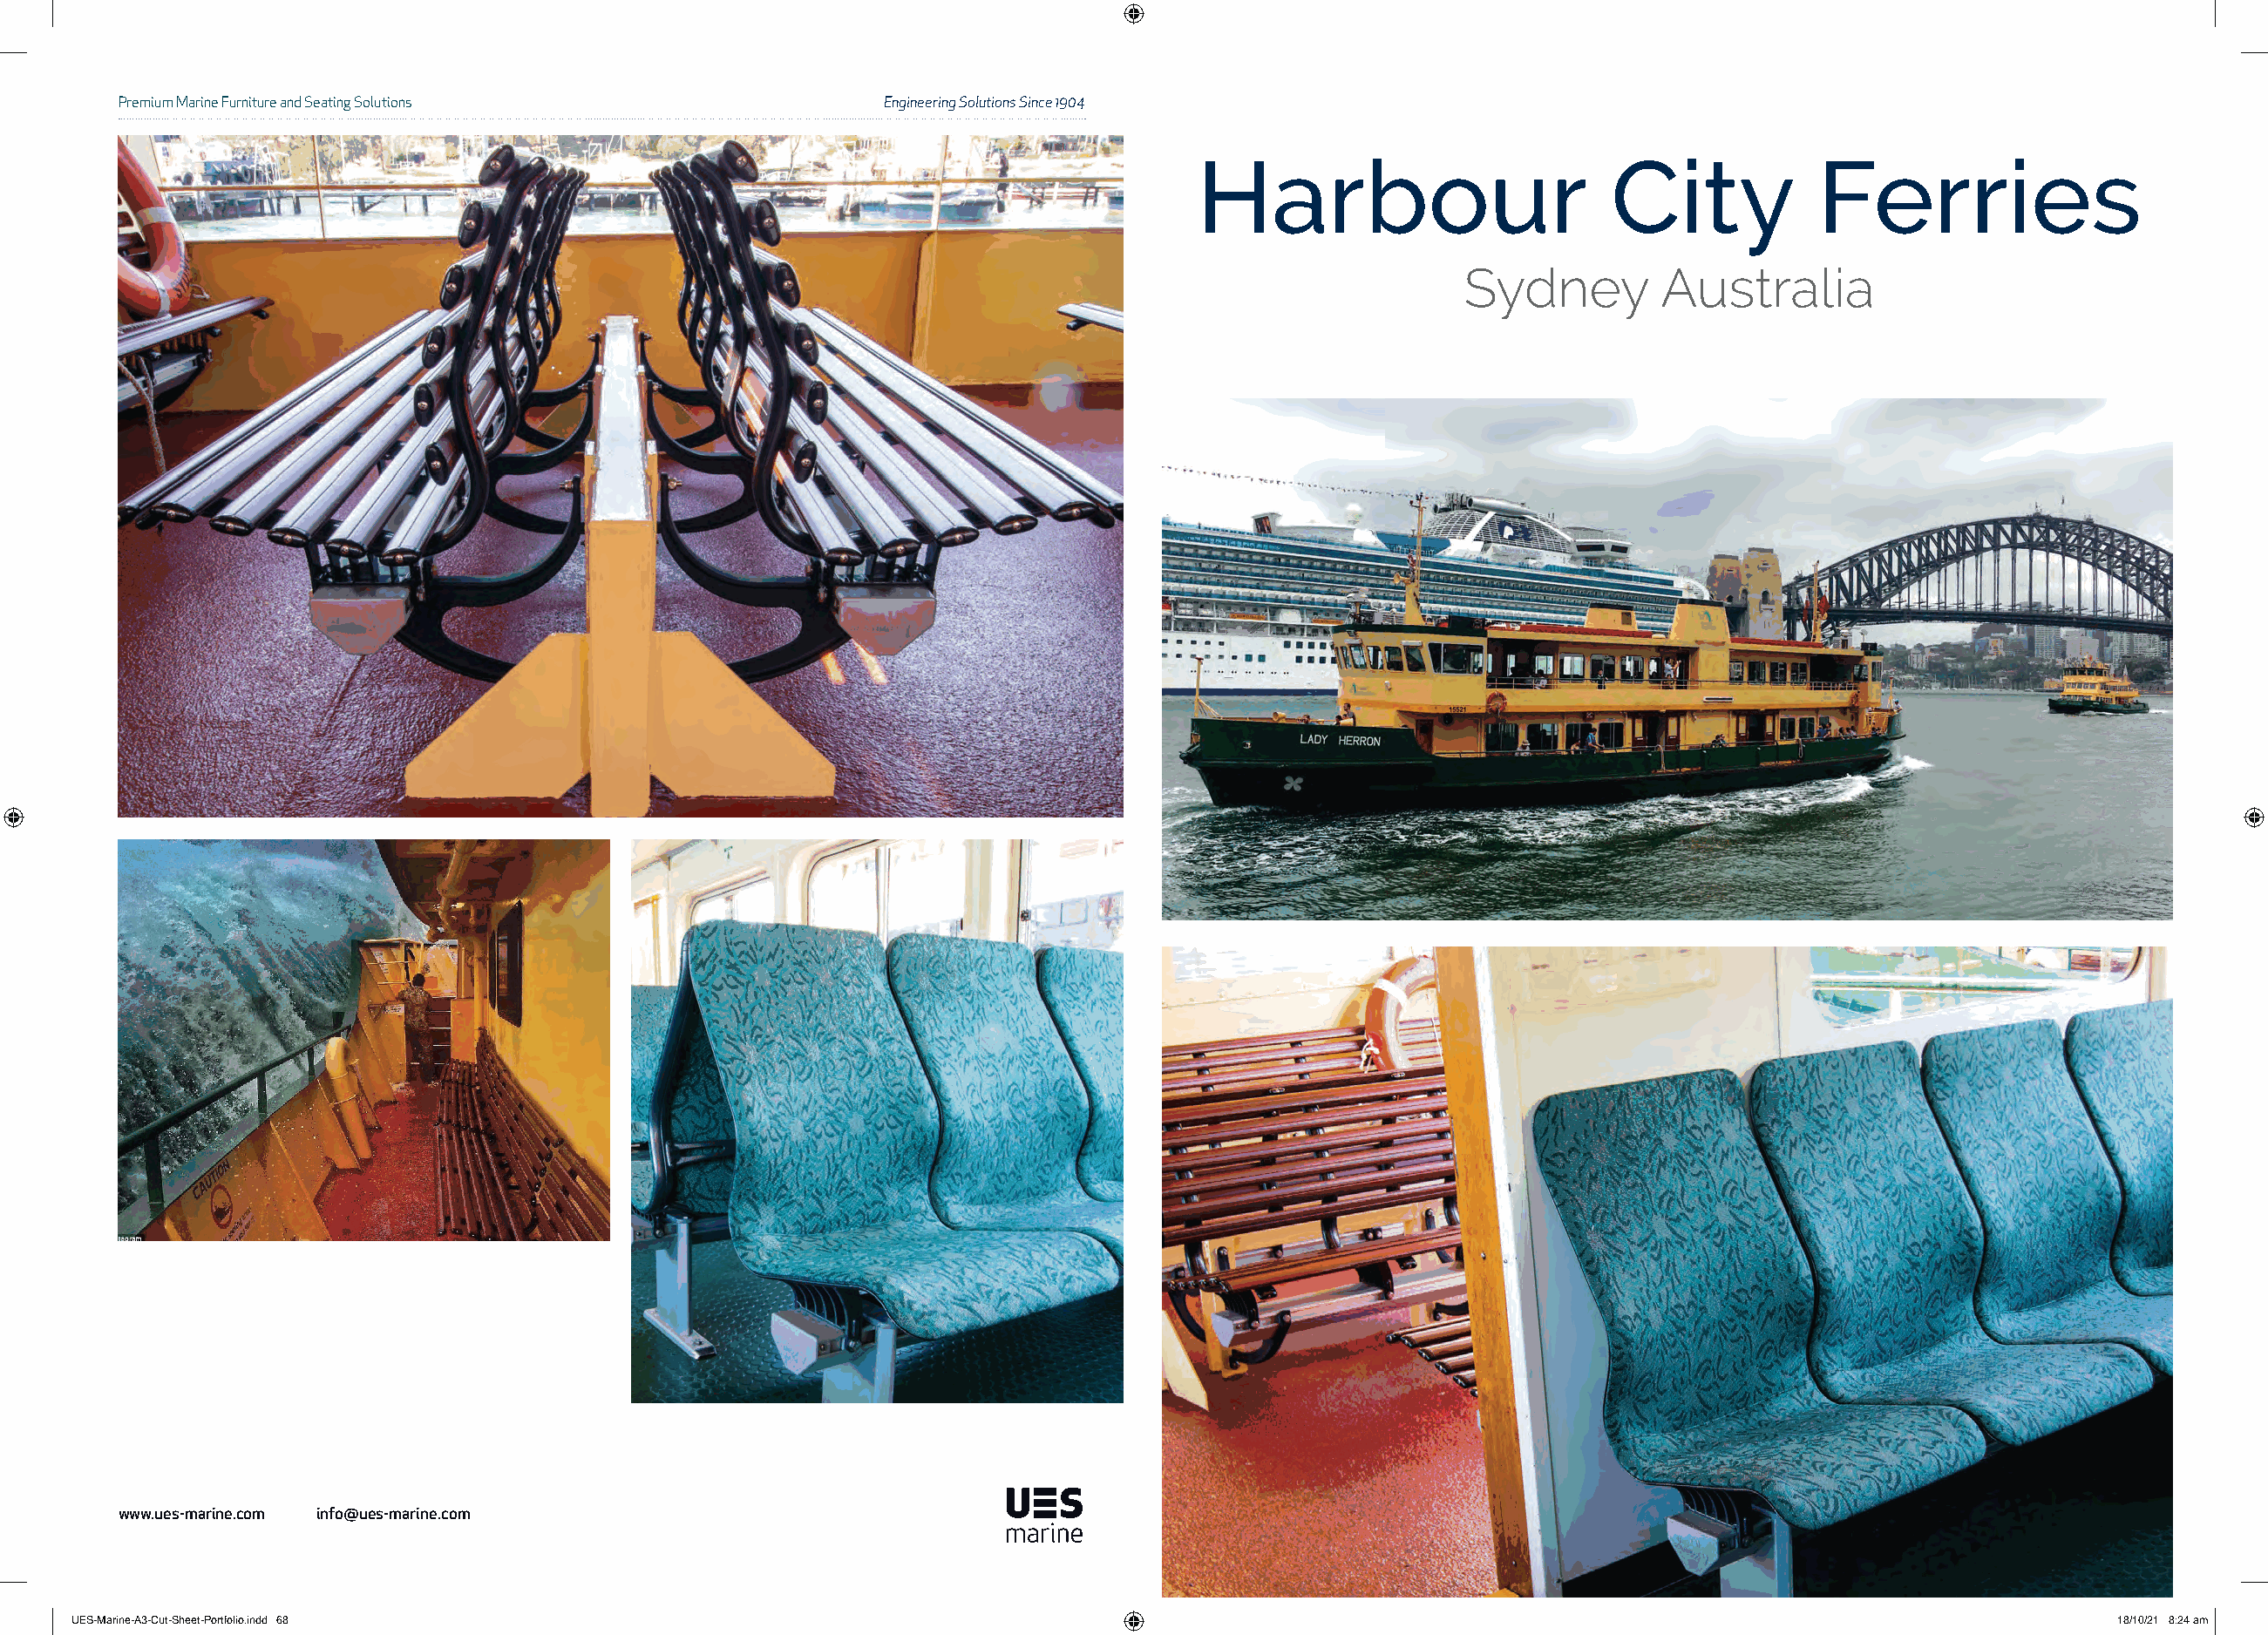
Premium Marine Furniture and Seating Solutions            Engineering Solutions Since 1904
 Harbour                        City            Ferries
 Sydney         Australia
 www.ues-marine.com info@ues-marine.com
 UUEESS--MMaarriinnee--AA33--CCuutt--SShheeeett--PPoorrttffoolliioo..iinndddd 6688                                                                           1188//1100//2211 88::2244 aamm